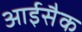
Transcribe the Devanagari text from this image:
आईसैक